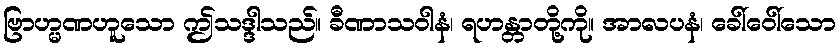
ဗြာဟ္မဏဟူသော ဤသဒ္ဒါသည်။ ခီဏာသဝါနံ၊ ရဟန္တာတို့ကို။ အာလပနံ၊ ခေါ်ဝေါ်သော